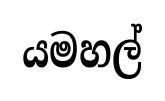
යමහල්